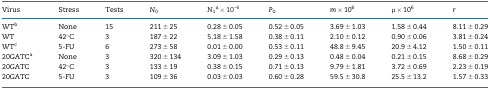
| Virus | Stress | Tests | N0 | N1a × 10–6 | P0 | m × 106 | μ × 106 | r |
 | --- | --- | --- | --- | --- | --- | --- | --- | --- |
 | WTb | None | 15 | 211 ± 25 | 0.28 ± 0.05 | 0.52 ± 0.05 | 3.69 ± 1.03 | 1.58 ± 0.44 | 8.11 ± 0.29 |
 | WT | 42°C | 3 | 187 ± 22 | 5.18 ± 1.58 | 0.38 ± 0.11 | 2.10 ± 0.12 | 0.90 ± 0.06 | 3.81 ± 0.24 |
 | WTc | 5-FU | 6 | 273 ± 58 | 0.01 ± 0.00 | 0.53 ± 0.11 | 48.8 ± 9.45 | 20.9 ± 4.12 | 1.50 ± 0.11 |
 | 20GATCa | None | 3 | 320 ± 134 | 3.09 ± 1.03 | 0.29 ± 0.13 | 0.48 ± 0.04 | 0.21 ± 0.15 | 8.68 ± 0.29 |
 | 20GATC | 42°C | 3 | 133 ± 19 | 0.38 ± 0.15 | 0.71 ± 0.13 | 9.79 ± 1.81 | 3.72 ± 0.69 | 2.23 ± 0.19 |
 | 20GATC | 5-FU | 3 | 109 ± 36 | 0.03 ± 0.03 | 0.60 ± 0.28 | 59.5 ± 30.8 | 25.5 ± 13.2 | 1.57 ± 0.33 |